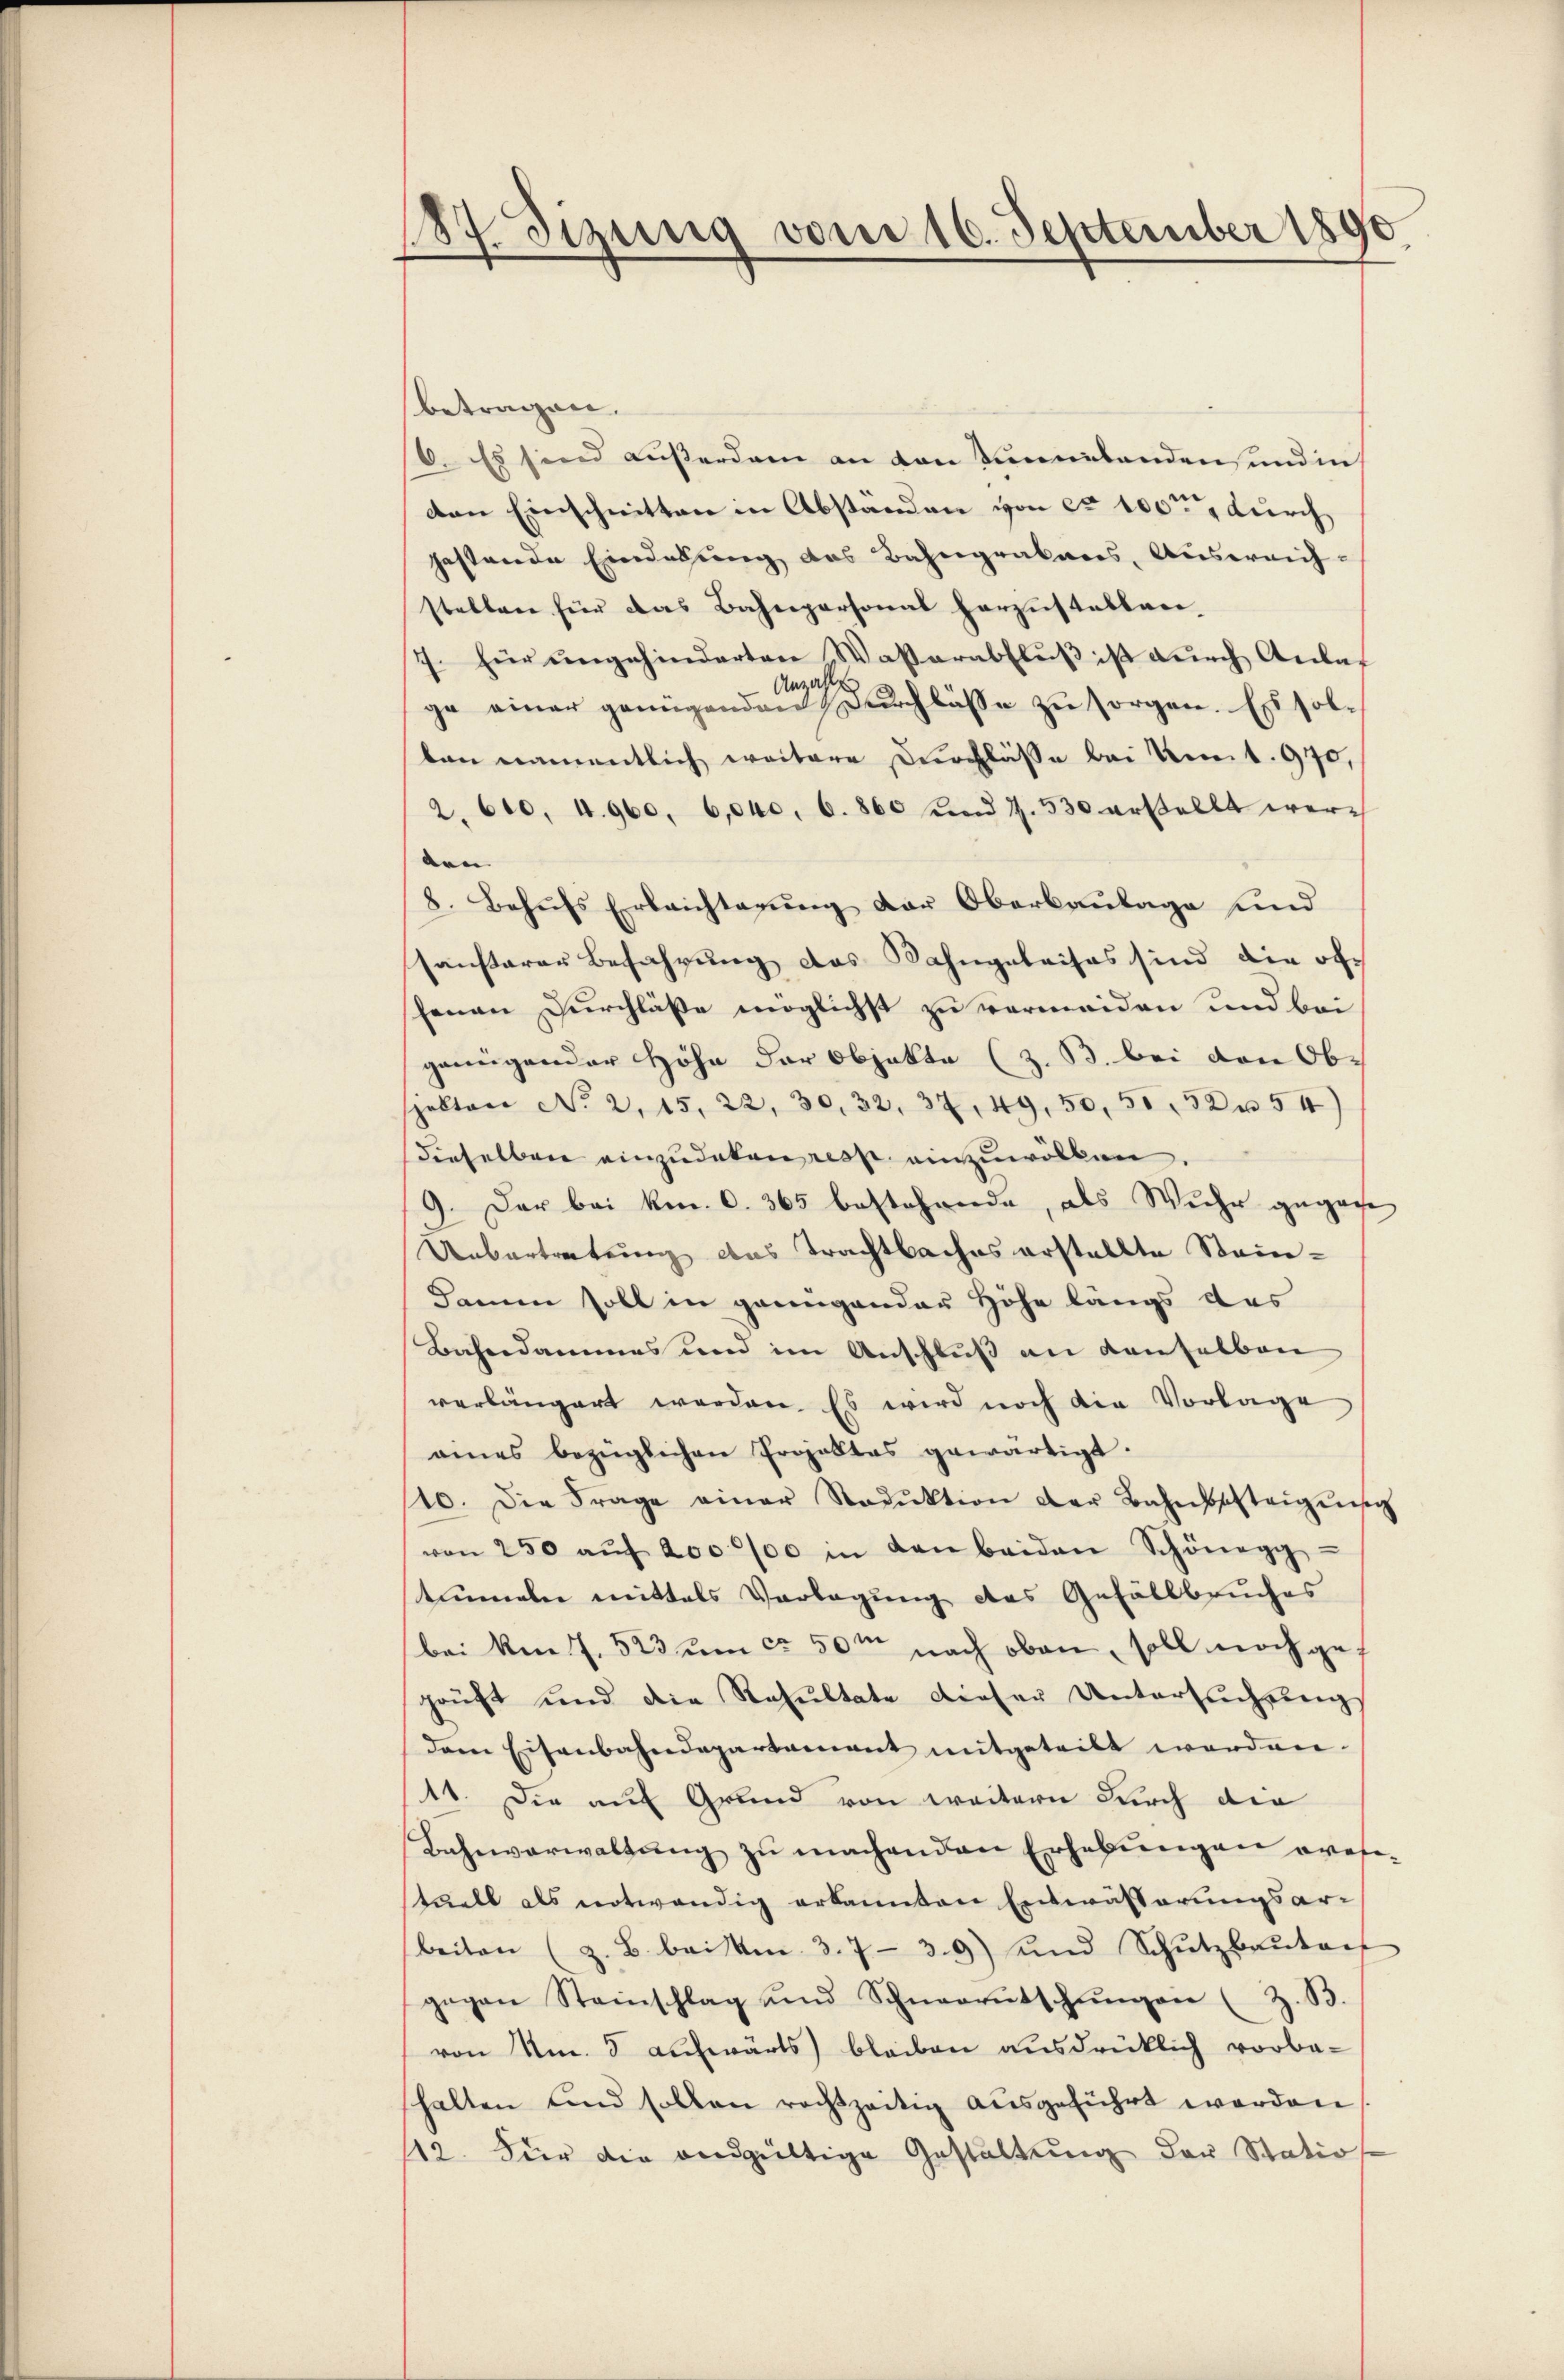
8
gung vom 16. September 1890

betragen.
6. Es sind außerdam an den Kindebanden und in
den Einschnitten in Abständen von ca 100 durch
gestande Einderung des Bahngrabares, Ausweich-
stellen für das Bahnpersonal herzustablan-
7. für ungehinderten Wasserabfluß ist durch Anlas
ge einer genügenden durchlässe zu sorgen. Es solben namentlich weitere Durchlässe bei Kant. 970,
2. 610. 4. 960, 6,040. 6. 860 und 7. 530 erstellt werven |
8. Behŭfs Erleichtagŭng der Oberbaŭlage und
sansterer Befahrung des Kahngeleises sind die ofhenen Durchlasse möglichst zu vermeiden und bei
genügender Höhe der Objekte (z. B. bei den Obspektor No. 2. 15, 22, 30, 32, 37, 49, 50, 51, 32 x 54)
dieselben einzudaken resp. einzuwölken
9. Der bei kr. C. 365 bestehende, als Wuche gegene
Uebertretung das Trachtbaches erstellte Stem¬
Damm soll in genügender Höhe längs das
Bahndammes und im Anschluß an denselben
verlängert werden. Es wird noch die Vorlage
eines bezüglichen Projektes gewärtigt.
10. Die Frage einer Radŭktion der Bahnschteigung
von 250 aŭf 200 000 in den beiden Schönegg
tümmeln mittels Vorlegung des Gefällbruches
bei Am 7. 523 um ca 50m nach oben, soll noch gef
prüft und die Resŭltate dieser Untersŭchŭng
dem Eisenbahndepartament mitgeteilt worden.
11. Die auf Grund von weitern durch die
Bahnverwaltung zu machenden Erhebungen presestuell als notwendig erkannten Entwässerungsarbeiten (z. B. beim 3. 739) und Schŭtzbaŭtac
gegen Steinschlag und Schneerutschŭngen (z. B.
von Am. 5 aufwärts bleiben ausdrücklich vorbehalten und sollen rechtzeitig aŭsgeführt worden
112. Für die andgültige Gestaltŭng der Statio